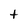
Character: t